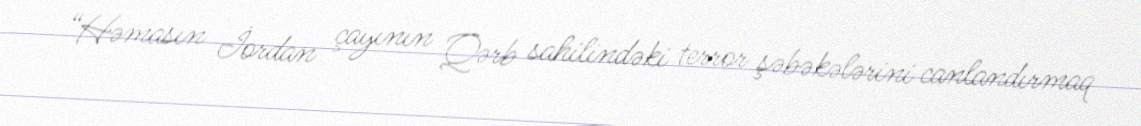
“Həmasın İordan çayının Qərb sahilindəki terror şəbəkələrini canlandırmaq